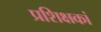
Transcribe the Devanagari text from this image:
प्रशिक्षकां